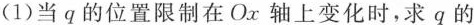
(1)当q的位置限制在O_{x}轴上变化时，求q的